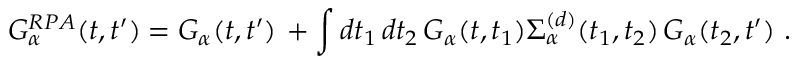
G _ { \alpha } ^ { R P A } ( t , t ^ { \prime } ) = G _ { \alpha } ( t , t ^ { \prime } ) \, + \int d t _ { 1 } \, d t _ { 2 } \, G _ { \alpha } ( t , t _ { 1 } ) \Sigma _ { \alpha } ^ { ( d ) } ( t _ { 1 } , t _ { 2 } ) \, G _ { \alpha } ( t _ { 2 } , t ^ { \prime } ) ~ .